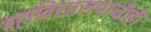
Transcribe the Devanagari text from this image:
महाविद्यालयाचीही